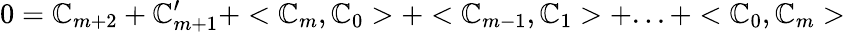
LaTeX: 0={\cal\mathbb{C}}_{m+2}+{\cal\mathbb{C}}_{m+1}^{\prime}+<{\cal\mathbb{C}}_{m},{\cal\mathbb{C}}_{0}>+<{\cal\mathbb{C}}_{m-1},{\cal\mathbb{C}}_{1}>+...+<{\cal\mathbb{C}}_{0},{\cal\mathbb{C}}_{m}>